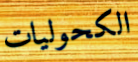
الكحوليات